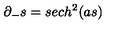
\partial _ { - } s = s e c h ^ { 2 } ( a s )